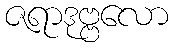
ဇရာဒုဗ္ဗလော